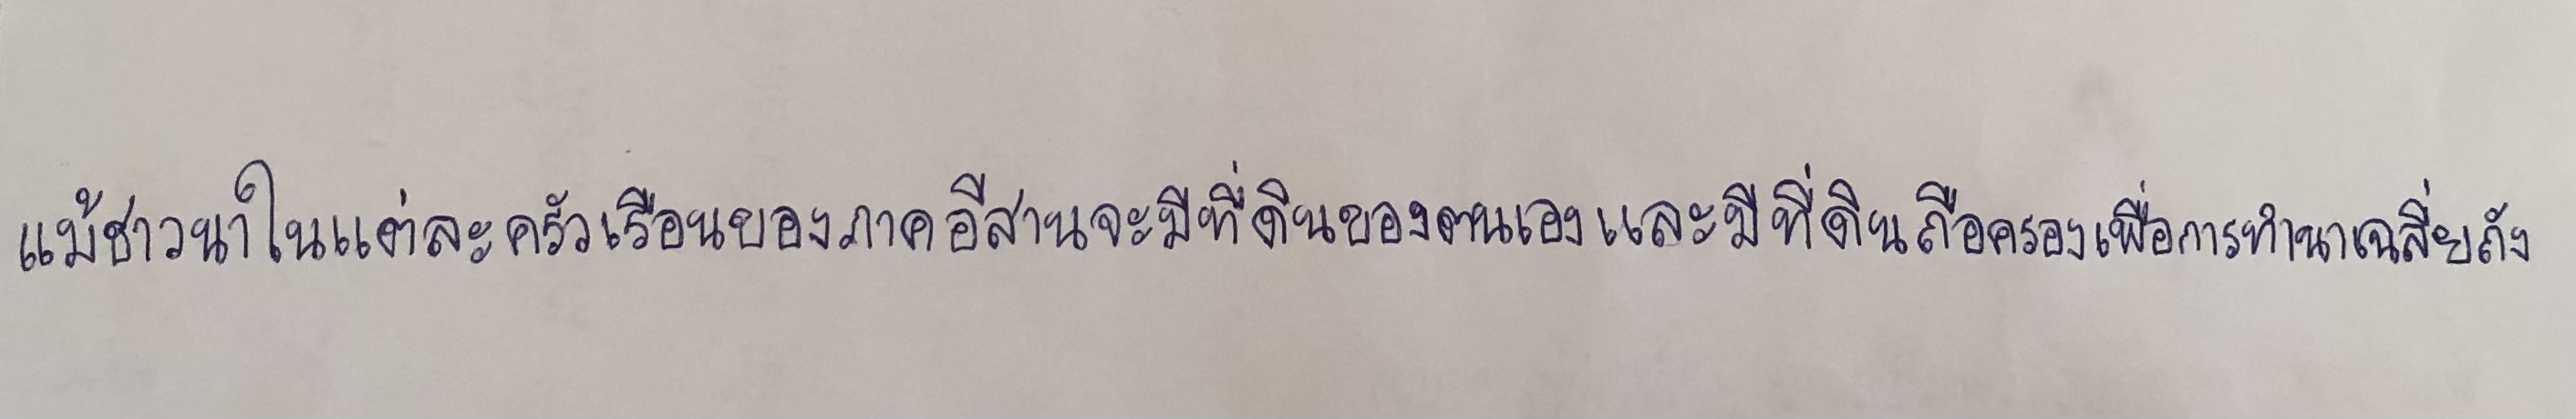
แม้ชาวนาในแต่ละครัวเรือนของภาคอีสานจะมีที่ดินของตนเองและมีที่ดินถือครองเพื่อการทำนาเฉลี่ยถัง